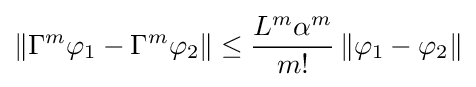
\left\|\Gamma ^{m}\varphi _{1}-\Gamma ^{m}\varphi _{2}\right\|\leq {\frac {L^{m}\alpha ^{m}}{m!}}\left\|\varphi _{1}-\varphi _{2}\right\|